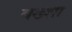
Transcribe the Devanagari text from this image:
बख्‍शा